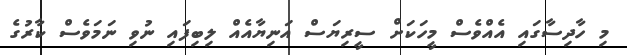
މި ހާދިސާގައި އެއްވެސް މީހަކަށް ސީރިޔަސް އަނިޔާއެއް ލިބިފައި ނުވި ނަމަވެސް ކާރުގެ